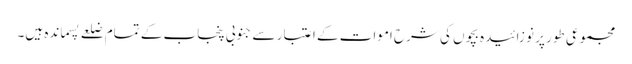
مجموعی طور پر نو زائیدہ بچوں کی شرح اموات کے اعتبار سے جنوبی پنجاب کے تمام ضلعے پسماندہ ہیں۔